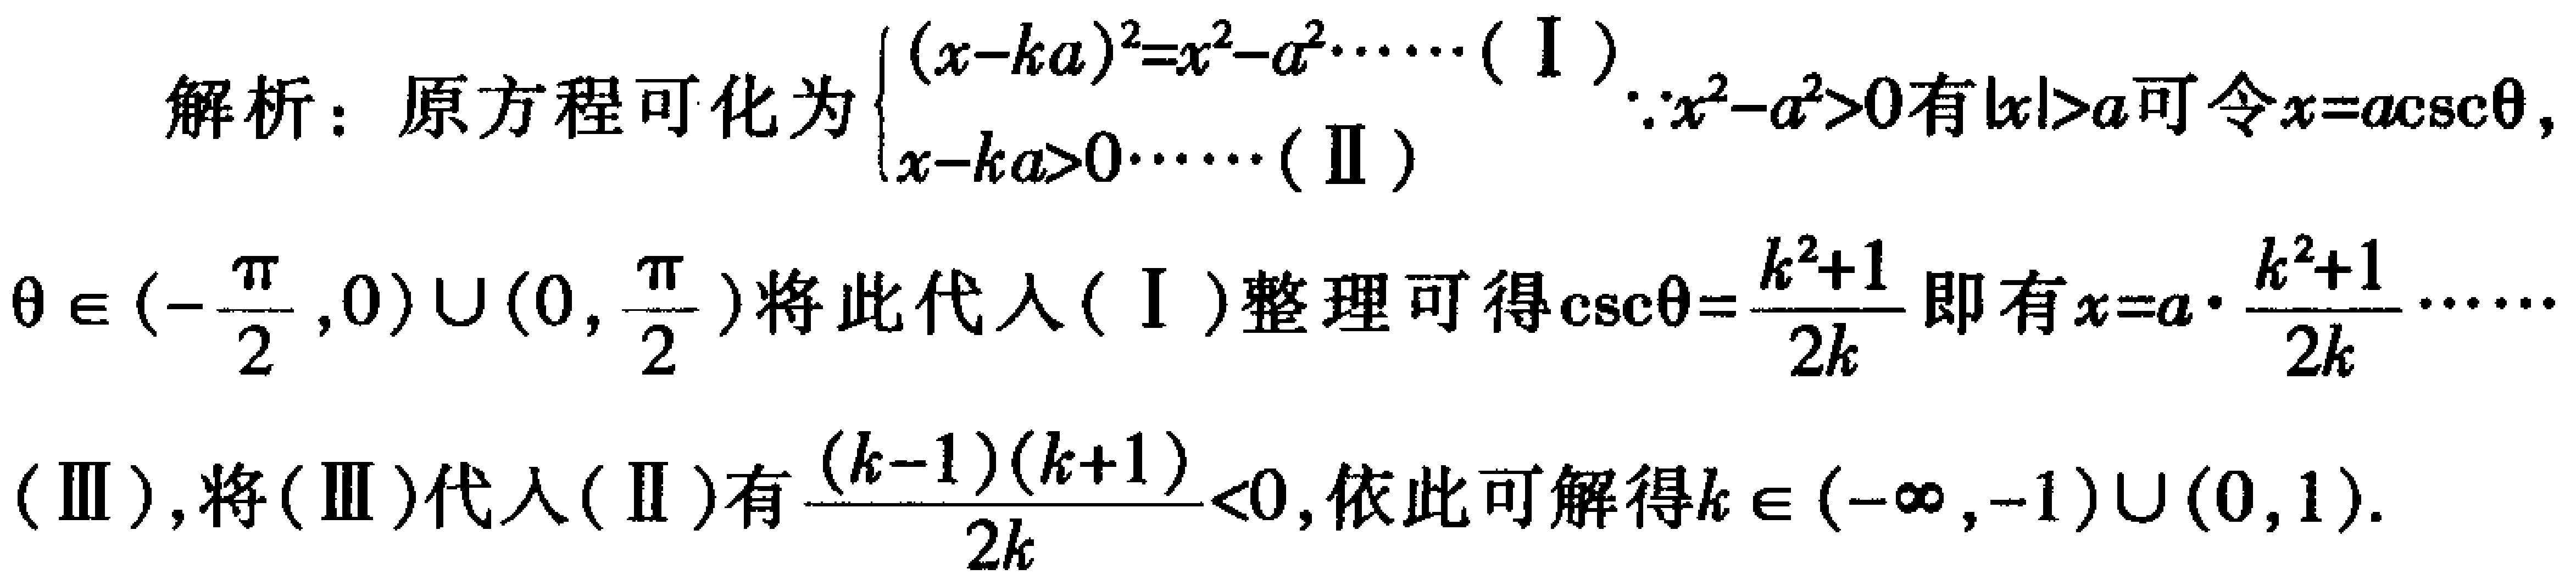
解析：原方程可化为$\begin{cases}(x - ka)^2 = x^2 - a^2\cdots\cdots(\text{I})\\x - ka > 0\cdots\cdots(\text{II})\end{cases}$.$\because x^2 - a^2 > 0$有$|x| > a$可令$x = a\csc\theta$，

$\theta\in\left(-\frac{\pi}{2},0\right)\cup\left(0,\frac{\pi}{2}\right)$将此代入$(\text{I})$整理可得$\csc\theta=\frac{k^2 + 1}{2k}$即有$x = a\cdot\frac{k^2 + 1}{2k}\cdots\cdots$

$(\text{III})$，将$(\text{III})$代入$(\text{II})$有$\frac{(k - 1)(k + 1)}{2k}<0$，依此可解得$k\in(-\infty,-1)\cup(0,1)$.